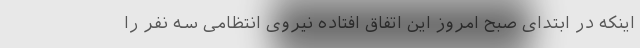
اینکه در ابتدای صبح امروز این اتفاق افتاده نیروی انتظامی سه نفر را